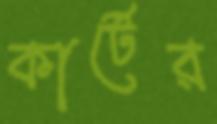
কার্টের